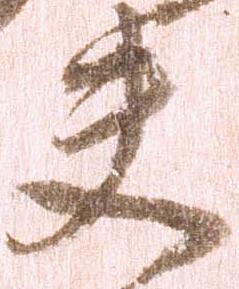
夫